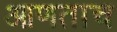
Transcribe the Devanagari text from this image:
आणताच